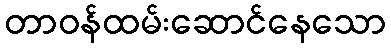
တာဝန်ထမ်းဆောင်နေသော